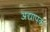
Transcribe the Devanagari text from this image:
अद्यापक